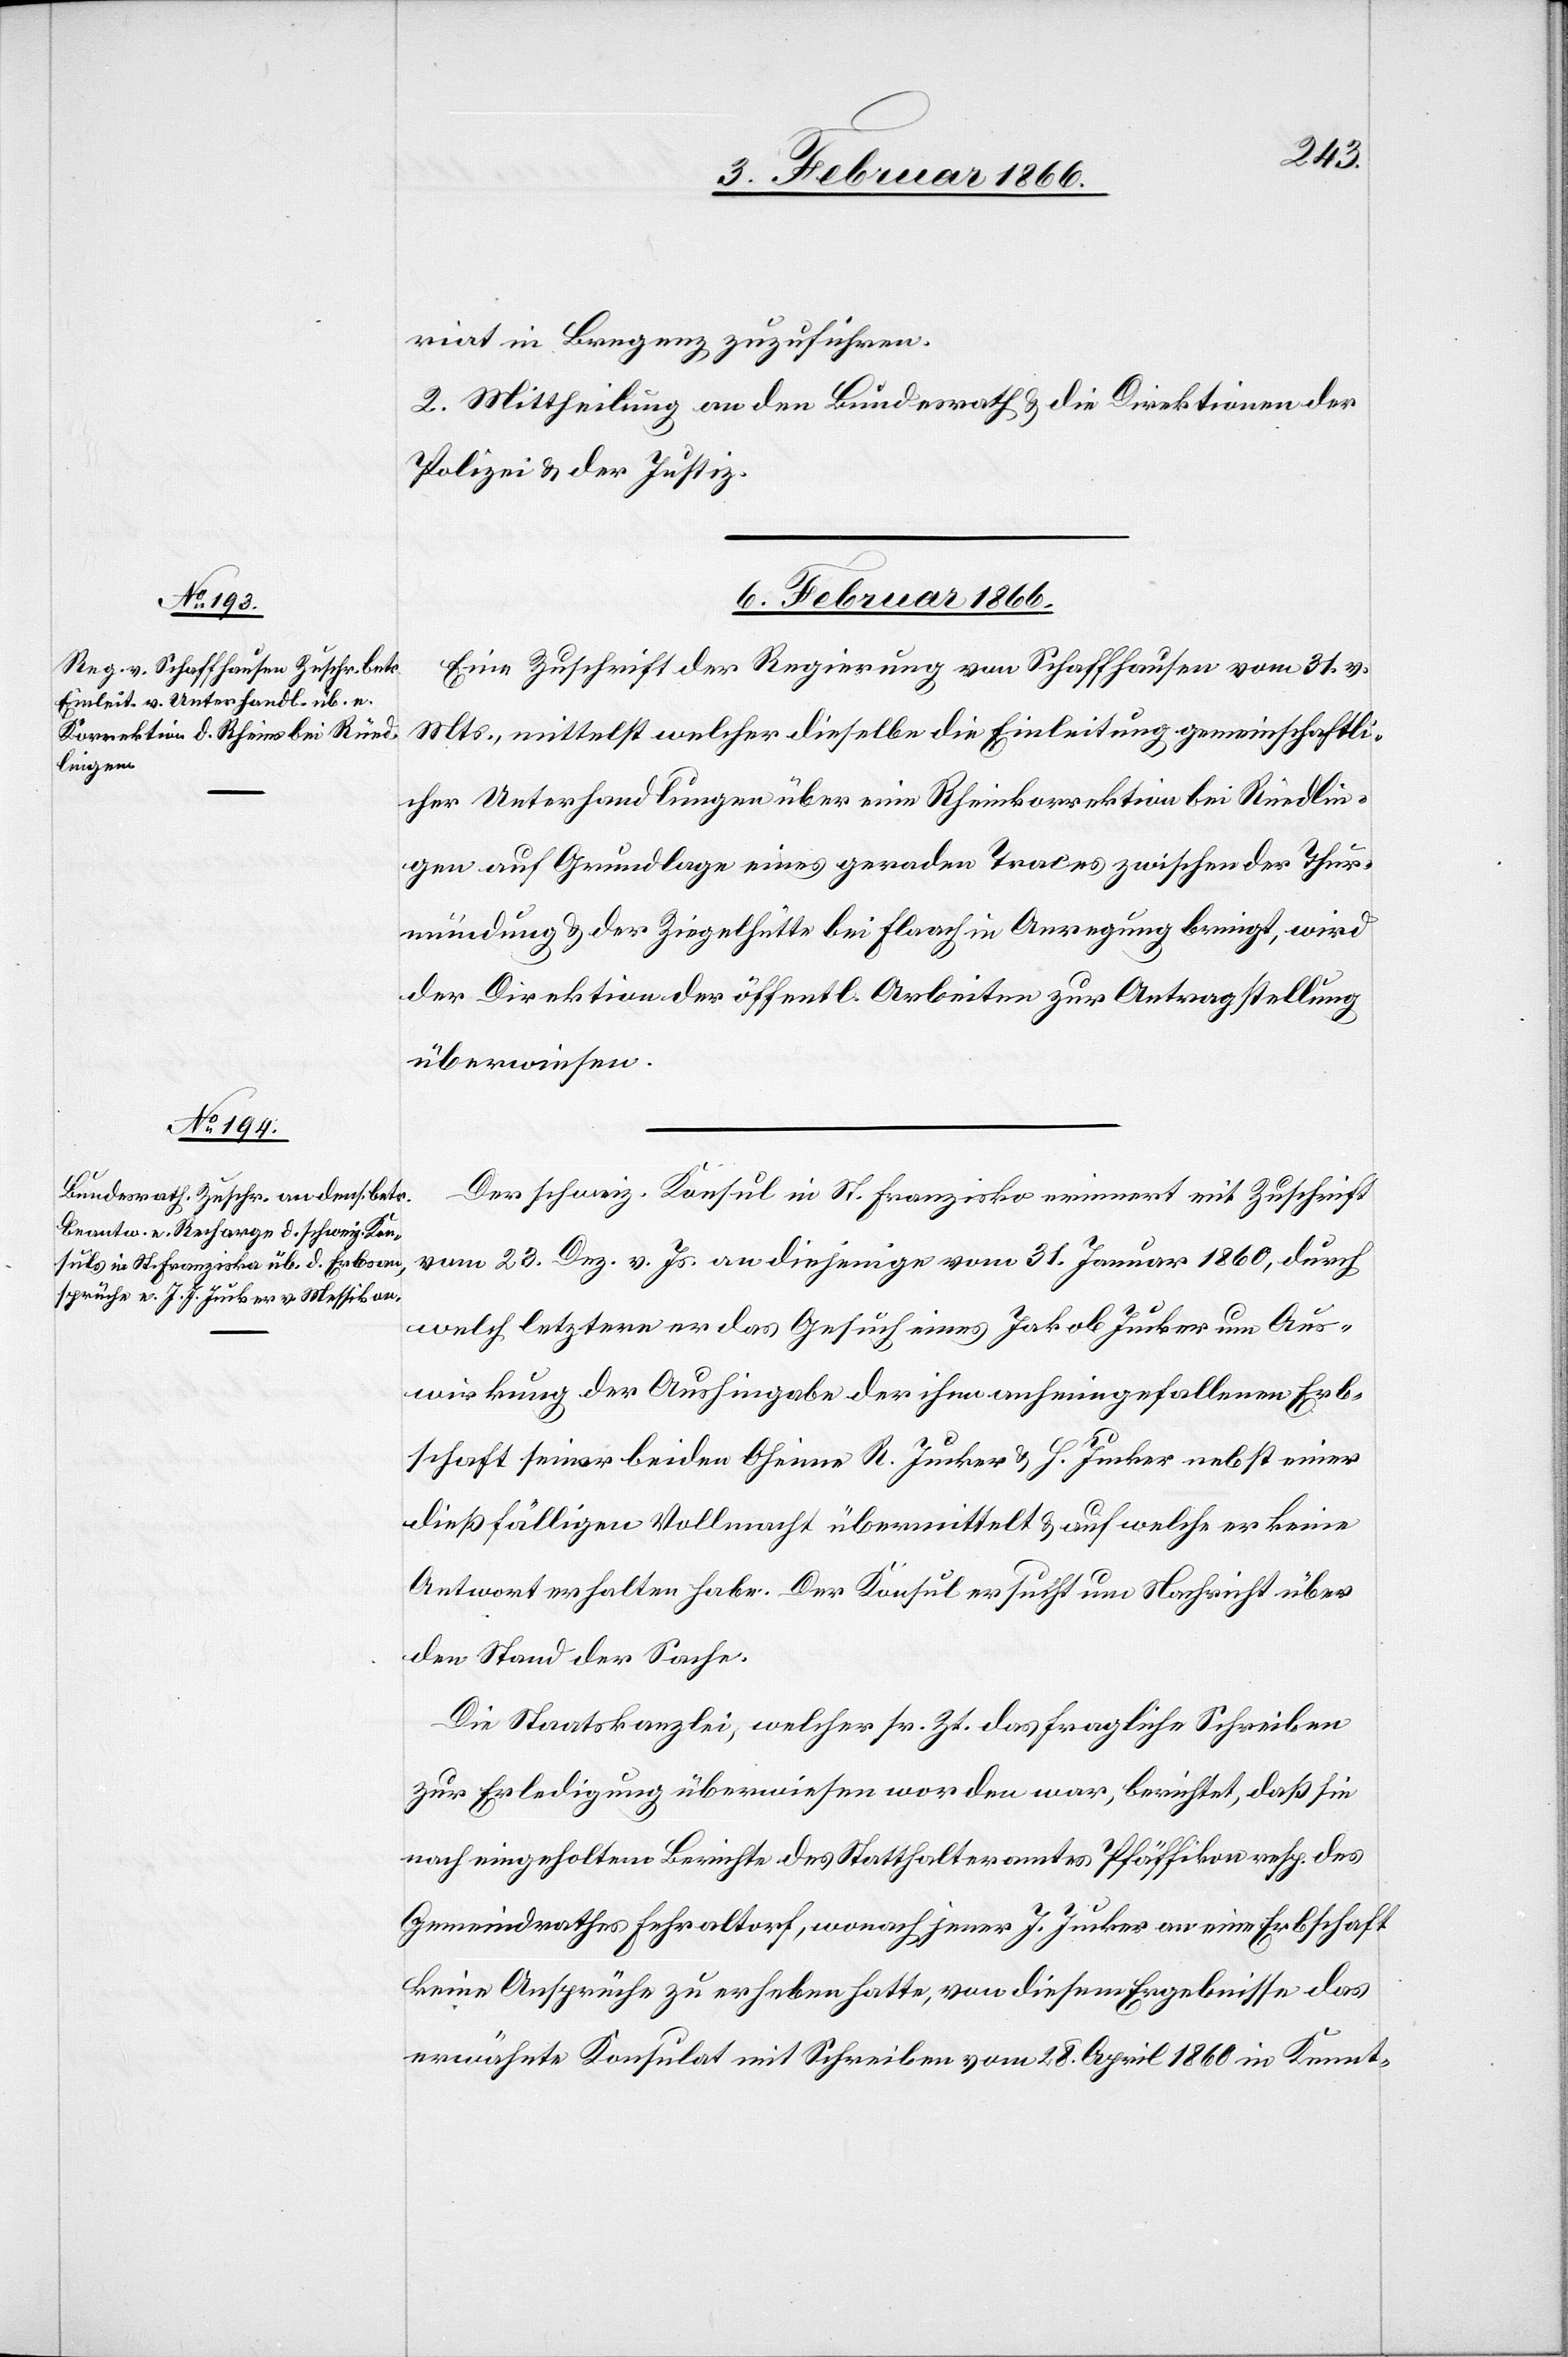
riat in Bregenz zuzuführen.
2. Mittheilung an den Bundesrath u. die Direktionen der
Polizei u. der Justiz.
6. Februar 1866.]
Eine Zuschrift der Regierung von Schaffhausen vom 31. v.
Mts., mittelst welcher dieselbe die Einleitung gemeinschaftli¬
cher Unterhandlungen über eine Rheinkorrektion bei Rüedlin¬
gen auf Grundlage eines geraden Traces zwischen der Thur¬
mündung & der Ziegelhütte bei Flaach in Anregung bringt, wird
der Direktion der öffentl. Arbeiten zur Antragstellung
überwiesen.
Der schweiz. Konsul in St. Franzisko erneuert mit Zuschrift
vom 23. Dez. v. Js. an diejenige vom 31. Januar 1860, durch
welch letztere er das Gesuch eines Jakob Jucker um Aus¬
wirkung der Aushingabe der ihm anheimgefallenen Erb¬
schaft seiner beiden Oheime R. Jucker u. H. Jucker nebst einer
dießfälligen Vollmacht übermittelt u. auf welche er keine
Antwort erhalten habe. Der Konsul ersucht um Nachricht über
den Stand der Sache.
Die Staatskanzlei, welcher sr. Zt. das fragliche Schreiben
zur Erledigung überwiesen worden war, berichtet, daß sie
nach eingeholtem Berichte des Statthalteramtes Pfäffikon resp. des
Gemeindrathes Fehraltorf, wonach jener J. Jucker an eine Erbschaft
keine Ansprüche zu erheben hatte, von diesem Ergebnisse das
erwähnte Konsulat mit Schreiben vom 28. April 1860 in Kennt-